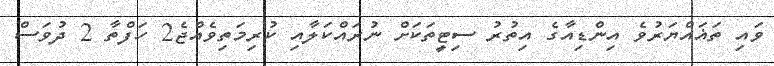
ވައި ތަޣައްޔަރުވެ އިންޑިއާގެ އިތުރު ސިޓީތަކަށް ނުރައްކަލާއި ކުރިމަތިވެއްޖެ2 ހަފްތާ 2 ދުވަސް